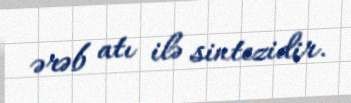
ərəb atı ilə sintezidir.